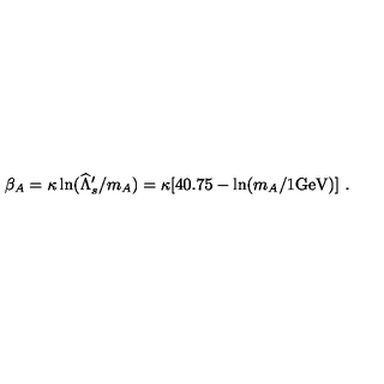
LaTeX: \beta _ { A } = \kappa \ln ( \widehat \Lambda _ { s } ^ { \prime } / m _ { A } ) = \kappa [ 4 0 . 7 5 - \ln ( m _ { A } / 1 \mathrm { { G e V } ) ] \ . }